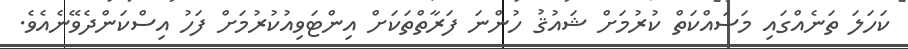
ކަހަލަ ތަނެއްގައި މަސައްކަތް ކުރުމަށް ޝައުޤު ހުންނަ ފަރާތްތަކަށް އިންޓަވިއުކުރުމަށް ފަހު އިސްކަންދެވޭނެއެވެ.